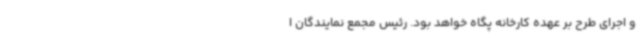
و اجرای طرح بر عهده کارخانه پگاه خواهد بود. رئیس مجمع نمایندگان ا